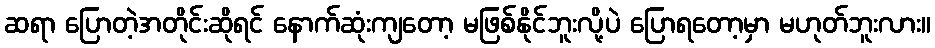
ဆရာ ပြောတဲ့အတိုင်းဆိုရင် နောက်ဆုံးကျတော့ မဖြစ်နိုင်ဘူးလို့ပဲ ပြောရတော့မှာ မဟုတ်ဘူးလား။